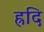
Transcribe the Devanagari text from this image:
ह्रदि